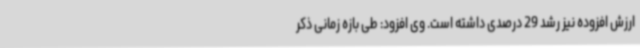
ارزش افزوده نیز رشد 29 درصدی داشته است. وی افزود: طی بازه زمانی ذکر